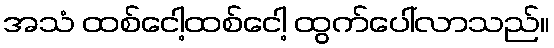
အသံ ထစ်ငေါ့ထစ်ငေါ့ ထွက်ပေါ်လာသည်။